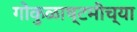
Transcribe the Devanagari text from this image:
गोकुळाष्टमीच्या